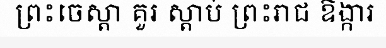
ព្រះចេស្តា គួរ ស្តាប់ ព្រះរាជ ឱង្ការ